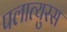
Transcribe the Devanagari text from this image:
पलात्युरस